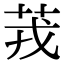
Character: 茙